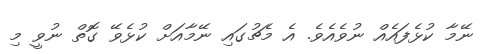
ނޭމާ ކުޅެފައެއް ނުވެއެވެ. އެ މެޗުގައި ނޭމާއަށް ކުޅެވޭ ގޮތް ނުވީ މި